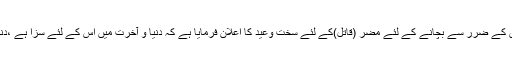
لہذا انسانی جان کو دوسروں کے ضرر سے بچانے کے لئے مُضِر (قاتل)کے لئے سخت وعید کا اعلان فرمایا ہے کہ دنیا و آخرت میں اس کے لئے سزا ہے ،دنیا میں قاتل کی سزا کیاہے؟